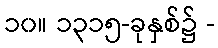
၁၀။ ၁၃၁၅-ခုနှစ်၌ -